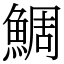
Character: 鯛